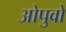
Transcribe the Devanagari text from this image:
ओपुवो